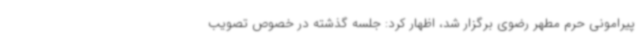
پیرامونی حرم مطهر رضوی برگزار شد، اظهار کرد: جلسه گذشته در خصوص تصویب